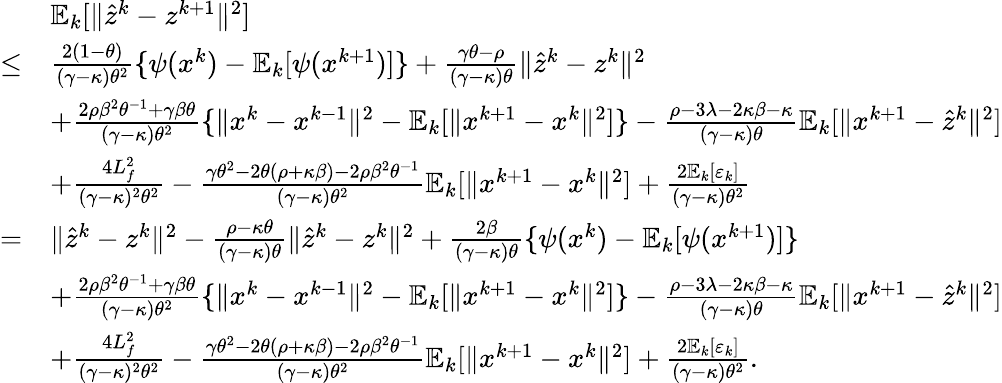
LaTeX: \begin{array}{rl}&{\mathbb{E}_{k}[\| \hat{z}^{k}-z^{k+1}\| ^{2}]}\\ {\leq}&{\frac{2(1-\theta)}{(\gamma-\kappa)\theta^{2}}\{ \psi(x^{k})-\mathbb{E}_{k}[\psi(x^{k+1})]\} +\frac{\gamma\theta-\rho}{(\gamma-\kappa)\theta}\| \hat{z}^{k}-z^{k}\| ^{2}}\\ &{+\frac{2\rho\beta^{2}\theta^{-1}+\gamma\beta\theta}{(\gamma-\kappa)\theta^{2}}\{ \| x^{k}-x^{k-1}\| ^{2}-\mathbb{E}_{k}[\| x^{k+1}-x^{k}\| ^{2}]\} -\frac{\rho-3\lambda-2\kappa\beta-\kappa}{(\gamma-\kappa)\theta}\mathbb{E}_{k}[\| x^{k+1}-\hat{z}^{k}\| ^{2}]}\\ &{+\frac{4L_{f}^{2}}{(\gamma-\kappa)^{2}\theta^{2}}-\frac{\gamma\theta^{2}-2\theta(\rho+\kappa\beta)-2\rho\beta^{2}\theta^{-1}}{(\gamma-\kappa)\theta^{2}}\mathbb{E}_{k}[\| x^{k+1}-x^{k}\| ^{2}]+\frac{2\mathbb{E}_{k}[\varepsilon_{k}]}{(\gamma-\kappa)\theta^{2}}}\\ {=}&{\| \hat{z}^{k}-z^{k}\| ^{2}-\frac{\rho-\kappa\theta}{(\gamma-\kappa)\theta}\| \hat{z}^{k}-z^{k}\| ^{2}+\frac{2\beta}{(\gamma-\kappa)\theta}\{ \psi(x^{k})-\mathbb{E}_{k}[\psi(x^{k+1})]\} }\\ &{+\frac{2\rho\beta^{2}\theta^{-1}+\gamma\beta\theta}{(\gamma-\kappa)\theta^{2}}\{ \| x^{k}-x^{k-1}\| ^{2}-\mathbb{E}_{k}[\| x^{k+1}-x^{k}\| ^{2}]\} -\frac{\rho-3\lambda-2\kappa\beta-\kappa}{(\gamma-\kappa)\theta}\mathbb{E}_{k}[\| x^{k+1}-\hat{z}^{k}\| ^{2}]}\\ &{+\frac{4L_{f}^{2}}{(\gamma-\kappa)^{2}\theta^{2}}-\frac{\gamma\theta^{2}-2\theta(\rho+\kappa\beta)-2\rho\beta^{2}\theta^{-1}}{(\gamma-\kappa)\theta^{2}}\mathbb{E}_{k}[\| x^{k+1}-x^{k}\| ^{2}]+\frac{2\mathbb{E}_{k}[\varepsilon_{k}]}{(\gamma-\kappa)\theta^{2}}.}\end{array}